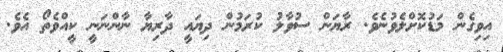
އިވިގެން މަޑުކޮށްލެވުނެވެ. ރާޔަން ސުވާލު ކުރަމުން ދިޔައީ ދާރިޔާ ނާންނަނީ ކީއްވެތޯ އެވެ.